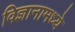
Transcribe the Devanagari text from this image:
विज्ञानामध्ये